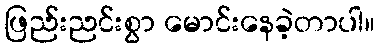
ဖြည်းညင်းစွာ မောင်းနေခဲ့တာပါ။